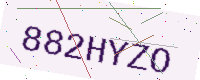
Text: 882HYZO